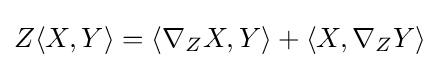
Z\langle X,Y\rangle =\langle \nabla _{Z}X,Y\rangle +\langle X,\nabla _{Z}Y\rangle